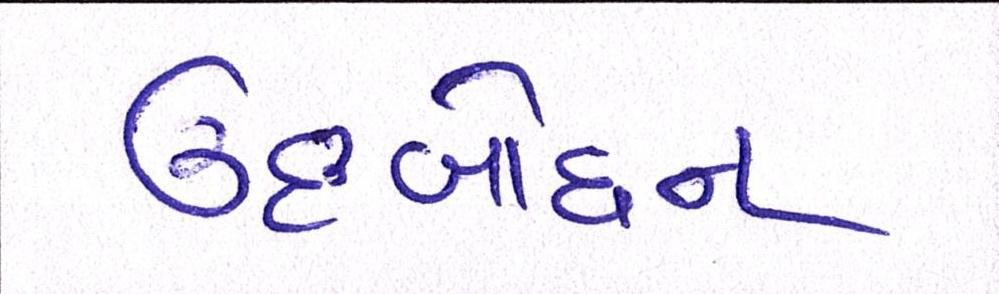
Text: ઉદબોધન